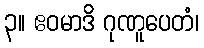
၃။ ဧဝမာဒိ ဂုဏူပေတံ၊